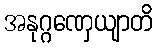
အနုဂ္ဂဏှေယျာတိ